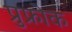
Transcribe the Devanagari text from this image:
प्रुफ्रोक